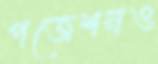
পজেশনও